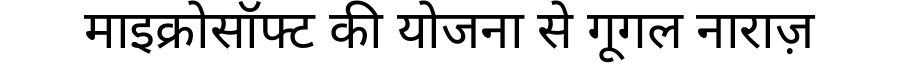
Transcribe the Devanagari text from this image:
माइक्रोसॉफ्ट की योजना से गूगल नाराज़